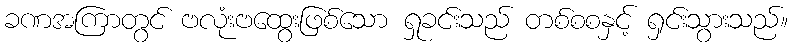
ခဏအကြာတွင် ဗလုံးဗထွေးဖြစ်သော ရှုခင်းသည် တစ်စစနှင့် ရှင်းသွားသည်။